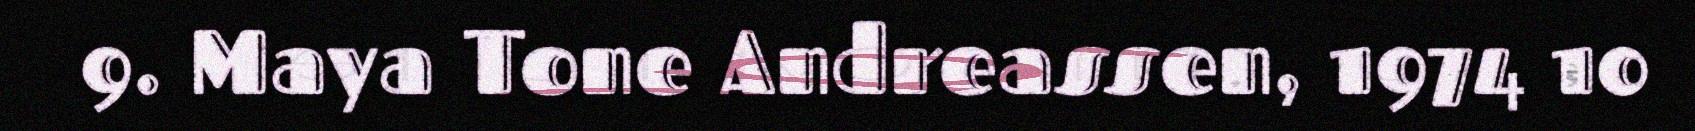
9. Maya Tone Andreassen, 1974 10